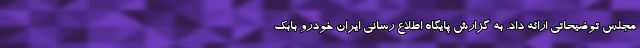
مجلس توضیحاتی ارائه داد. به گزارش پایگاه اطلاع رسانی ایران خودرو بابک